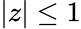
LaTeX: \vert z\vert\le 1